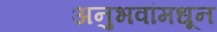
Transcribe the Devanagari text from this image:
अनुभवांमधून